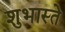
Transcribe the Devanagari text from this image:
शुभास्ते